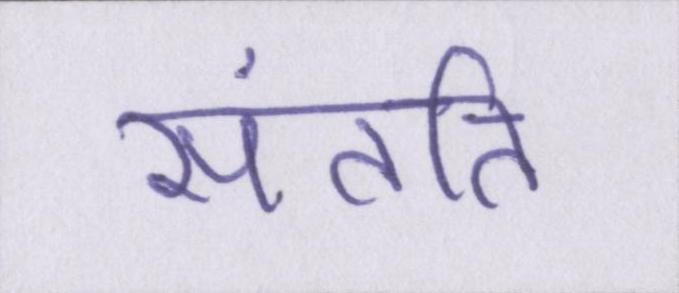
संतति